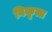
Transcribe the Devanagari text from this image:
विकृत्त